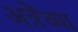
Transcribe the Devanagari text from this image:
अत्रेंच्या